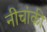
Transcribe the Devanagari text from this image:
नीचांकी